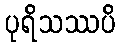
ပုရိသဿပိ